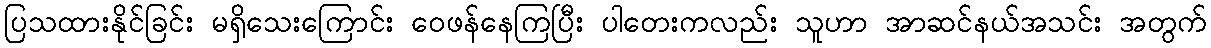
ပြသထားနိုင်ခြင်း မရှိသေးကြောင်း ဝေဖန်နေကြပြီး ပါတေးကလည်း သူဟာ အာဆင်နယ်အသင်း အတွက်